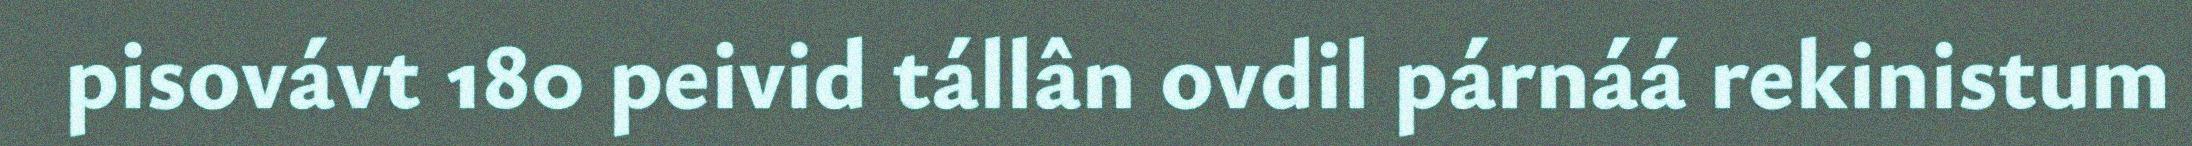
pisovávt 180 peivid tállân ovdil párnáá rekinistum